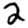
Digit: 2